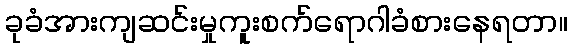
ခုခံအားကျဆင်းမှုကူးစက်ရောဂါခံစားနေရတာ။